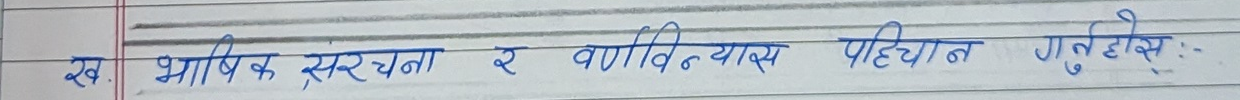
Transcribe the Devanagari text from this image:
ख. भाषिक संरचना र वर्णविन्यास पहिचान गर्नुहोस् :-